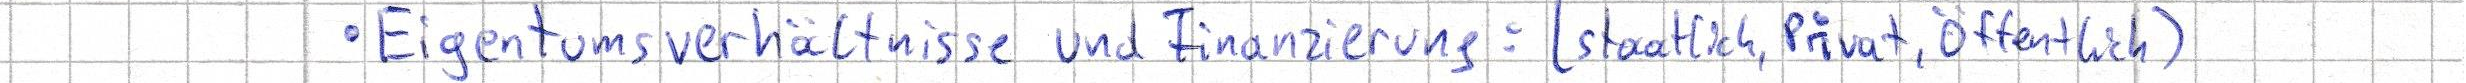
- Eigentumsverhältnisse und  Finanzierung: (staatlich, Privat, Öffentlich)